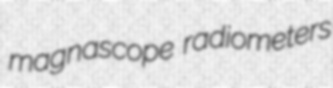
magnascope radiometers